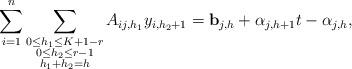
LaTeX: \begin{align*} \sum_{i=1}^n \sum_{\substack{0 \le h_1 \le K+1-r \\ 0 \le h_2 \le r-1 \\ h_1 + h_2 = h}} A_{ij,h_1} y_{i, h_2+1} &= \mathbf{b}_{j, h} + \alpha_{j, h+1} t - \alpha_{j, h}, \end{align*}